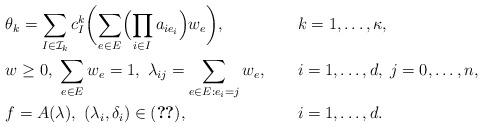
LaTeX: \begin{align*} &\theta_k = \sum_{I \in \mathcal{I}_k} c^k_I\biggl(\sum_{e \in E}\Bigl(\prod_{i \in I} a_{ie_i}\Bigr) w_e \biggr),& &k = 1, \ldots, \kappa, \\& w \geq 0,\ \sum_{e \in E}w_e = 1,\ \lambda_{ij} = \sum_{e \in E:e_i = j}w_e,& & i =1, \ldots, d ,\; j =0, \ldots, n, \\ &f = A(\lambda),\ (\lambda_i, \delta_i) \in(\ref{eq:SOS2-log}),& & i = 1, \ldots, d. \end{align*}